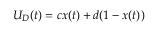
U _ { D } ( t ) = c x ( t ) + d ( 1 - x ( t ) )